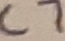
Text: C7